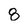
Character: 8